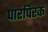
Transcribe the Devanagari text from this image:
पारंपिरक